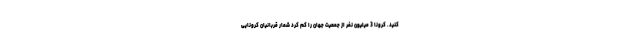
کنید. کرونا 3 میلیون نفر از جمعیت جهان را کم کرد شمار قربانیان کرونایی